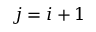
j = i + 1